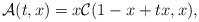
LaTeX: \begin{align*}\mathcal{A}(t,x) = x\mathcal{C} (1-x+tx,x),\end{align*}